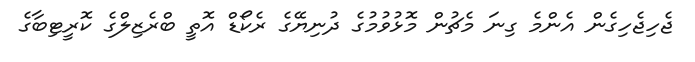
ޖެހިޖެހިގެން އެންމެ ގިނަ މެޗުން މޮޅުވުމުގެ ދުނިޔޭގެ ރެކޯޑް އޮތީ ބްރެޒިލްގެ ކޮރީޓިބާގެ